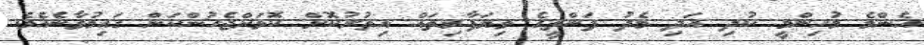
އެންމެ މުހިންމީ ކުދި އަދި މެދު ފަންތީގެ ވިޔަފާރިތައް އިތުރުކޮށް ކޮޅަށްޖެހުންކަން ގައިމުވާނެއެވެ.